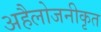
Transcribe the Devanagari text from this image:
अहैलोजनीकृत